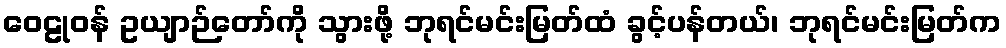
ဝေဠုဝန် ဥယျာဉ်တော်ကို သွားဖို့ ဘုရင်မင်းမြတ်ထံ ခွင့်ပန်တယ်၊ ဘုရင်မင်းမြတ်က